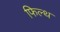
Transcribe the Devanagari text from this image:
फिल्थ